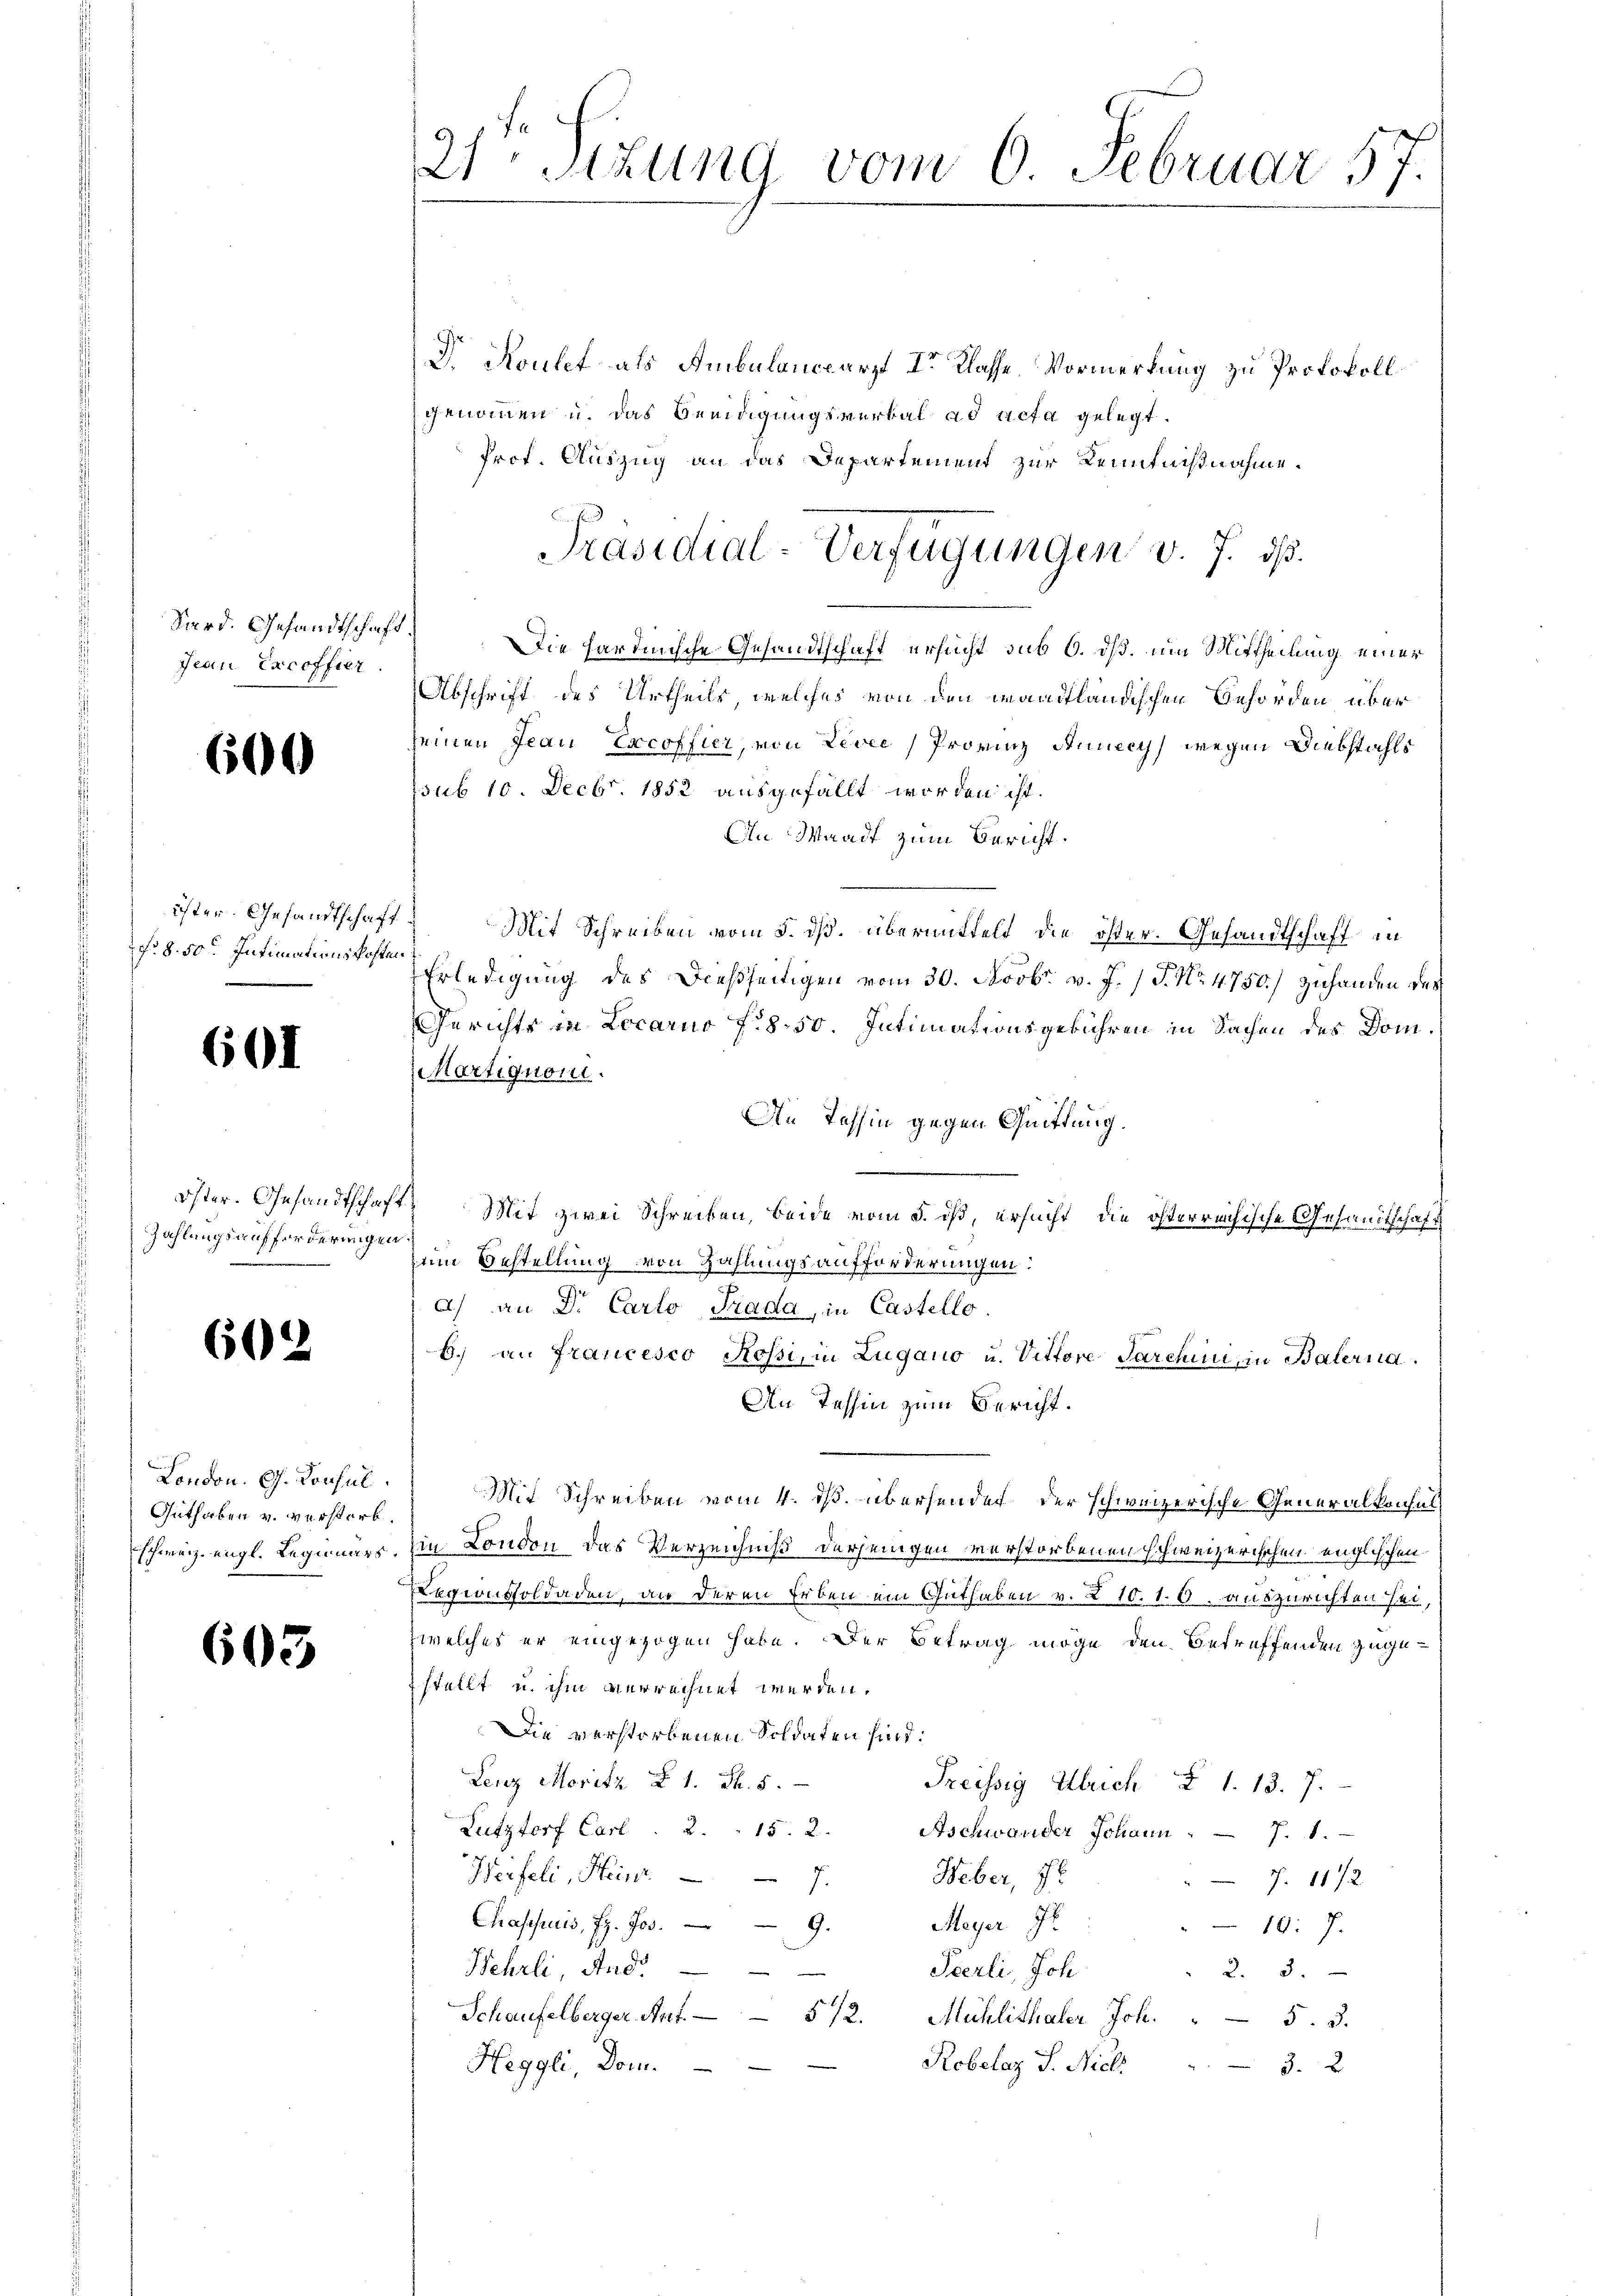
Sord. Gesandtschaft.
Jean Excoffier

600

fr. 8. 50. Intimationskosten

601

Zahlungsaufforderungen.

602

London. G. Konsul
Guthaben u. verstorb.

603

D. Koulet als Ambulanceärzt I. Klasse, Vormerkung zu Protokoll
genommen u. das Beeidigungsverbal ad acta gelegt.
Prof. Auszug an das Departement zur Kenntnißnahme.
Die hardinische Gesandtschaft ersucht sub 6. dß. um Mittheilung einer
Abschrift des Urtheils, welches von den waadtländischen Behörden über
seinen Jean Excoffier, von Levee, Provinz Annecy) wegen Diebstahls
ssub 10. Decbr. 1852 ausgefällt worden ist.
An Waadt zum Bericht.
isten Gesandtschaft Mit Schreiben vom 5. dß. übermittelt die öster. Gesandtschaft in
Erledigung des Dießseitigen vom 30. Novbr. v. J. J. No. 4750.) Zuhanden des
Gerichts in Locarno f. 8.50. Intimationsgebühren in Sachen des Dom¬
Martignom.
De Tessin gegen Quittung.
Öster. Gesandtschaft. Mit zwei Schrecken, beide vom 5. dß, ersucht, die österreichische Gesandtschaft
zum Bestellung von Zahlungsaufforderungen:
a) an Dr. Carto Trada, in Castello.
b.) an Francesco Rossi, in Lugano u. Vittore Parchin, in Baterna
An Tessin zum Bericht.
Mit Schreiben vom 4. ds. übersendet der schweizerische Generalkonsul
schweiz engl. Regienars. In London das Verzeichniß derjenigen verstorbenen schweizerischen englischen
egionsoldaden, an deren Erben ein Guthaben v. 210. 10. auszurichten sei,
zwelches er eingezogen habe. Der Betrag möge den betreffenden zugestellt u. ihm verrechnet werden.
Die verstorbenen Soldaten sind:
Lenz Moritz § 1. S. 5.
Preissig Ulrich § 1. 13. 7.
Lutzforf Carl . . . 15. 2.
Aschwander Johann 7. 1.
Weber, 7.
Herfeli, Heinr.  7.
7. 1172
Meyer J
Chasssuis, z. Jos. 9.
10: 7.
Wehrli, And.
Sperli, Joh.
2. 3.
Schaufelberger Ant. 572. Mühlithaler Joh. " 5. d.
Robelaz J. Nicl
Heggli, Dom.
3. 2

21Stzung vom 6. Februar 57.

Präsidial-Verfügungen v. J. dß.